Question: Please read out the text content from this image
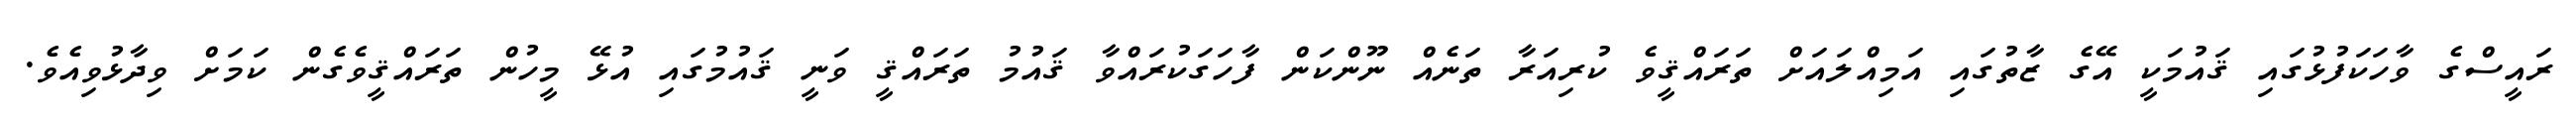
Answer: ރައީސްގެ ވާހަކަފުޅުގައި ޤައުމަކީ އޭގެ ޒާތުގައި އަމިއްލައަށް ތަރައްޤީވެ ކުރިއަރާ ތަނެއް ނޫންކަން ފާހަގަކުރައްވާ ޤައުމު ތަރައްޤީ ވަނީ ޤައުމުގައި އުޅޭ މީހުން ތަރައްޤީވެގެން ކަމަށް ވިދާޅުވިއެވެ.